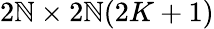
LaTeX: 2\mathbb{N}\times2\mathbb{N}(2K+1)